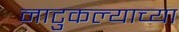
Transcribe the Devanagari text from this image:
नाटुकल्याच्या